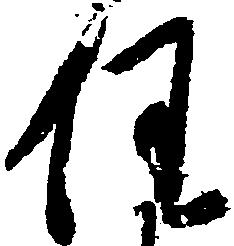
任